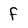
Character: f